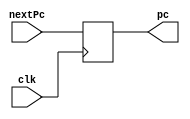
`timescale 1ns / 1ps
//////////////////////////////////////////////////////////////////////////////////
// Company: 
// Engineer: 
// 
// Design Name: 
// Module Name: Lab5
// Project Name: 
// Target Devices: 
// Tool Versions: 
// Description: 
// 
// Dependencies: 
// 
// Revision:
// Revision 0.01 - File Created
// Additional Comments:
// Grant Allen
//////////////////////////////////////////////////////////////////////////////////


module ProgramCounter(nextPc, clk, pc);
    input [31:0] nextPc;
    input clk;
    output reg [31:0] pc;
    
    initial
    begin
        pc = 32'd100;
    end
    
    always @(posedge clk)
    begin
        pc <= nextPc;
    end
    
endmodule
/////////////////////////////////////////////////////////////////////////////////
module InstructionMemory(pc, instOut);
    input [31:0] pc;
    output reg [31:0] instOut;
    reg [31:0] memory [0:31];
    
    initial
    begin
        memory[25] = {6'b100011, 5'b00001,5'b00010,16'b0000000000000000}; 
        memory[26] = {6'b100011, 5'b00001,5'b00011,16'b0000000000000100}; 
        memory[27] = {6'b100011, 5'b00001,5'b00100,16'b0000000000001000};
        memory[28] = {6'b100011, 5'b00001,5'b00101,16'b0000000000001100};
        memory[29] = {6'b000000, 5'b00010, 5'b01010, 5'b00110, 5'b00000, 6'b100000};
    end
    
    always @(*)
    begin
        instOut = memory[pc[7:2]];
    end
endmodule
/////////////////////////////////////////////////////////////////////////////////  
module PcAdder(pc, nextPc);
    input [31:0] pc;
    output reg [31:0] nextPc;
    
    always @(*)
    begin
        nextPc = pc + 32'h4;
    end
endmodule
/////////////////////////////////////////////////////////////////////////////////
module ifidPipelineRegister(instOut, clk, dinstOut);
    input [31:0] instOut;
    input clk;
    output reg [31:0] dinstOut;
    
    
    always @ (posedge clk)
    begin
        dinstOut <= instOut;
    end
endmodule

/////////////////////////////////////////////////////////////////////////////////
module ControlUnit(op, func, wreg, m2reg, wmem, aluc, aluimm, regrt);
    input [5:0] op; // bits 31:26 of dinstOut
    input [5:0] func; // bits 5:0 of dinstOut
    output reg wreg;
    output reg m2reg;
    output reg wmem;
    output reg [3:0] aluc;
    output reg aluimm;
    output reg regrt;
    
    always @(*) 
    begin
        case (op)
            6'b000000:
            begin
                case (func)
                // add
                    6'b100000:
                    begin
                        wreg <= 1'b1;
                        m2reg <= 1'b0;
                        wmem <= 1'b0;
                        aluc <= 4'b0010;
                        aluimm <= 1'b0;
                        regrt <= 1'b0;
                    end                            
                endcase
            end
            // lw
            6'b100011:
            begin
                wreg <= 1'b1;
                m2reg <= 1'b1;
                wmem <= 1'b0;
                aluc <= 4'b0010;
                aluimm <= 1'b1;
                regrt <= 1'b1;
            end          
        endcase
     end    
endmodule
/////////////////////////////////////////////////////////////////////////////////
module RegrtMultiplexer(rt, rd, regrt, destReg);
    input [4:0] rt; // bits 20:16 of dinstOut
    input [4:0] rd; // bits 15:11 of dinstOut
    input regrt;
    output reg [4:0] destReg;
    
    always @(*) 
    begin
        case(regrt)
            1'b0:
                begin
                   destReg = rd; 
                end
            1'b1:
                begin
                    destReg = rt;
                end
        endcase
    end
endmodule
/////////////////////////////////////////////////////////////////////////////////  
module RegisterFile(rs,rt,qa,qb,wdestReg,wbData,wwreg,clk);
    input [4:0] rs;
    input [4:0] rt; 
    input [4:0] wdestReg;
    input [31:0] wbData;
    input wwreg;
    input clk;
    output reg [31:0] qa;
    output reg [31:0] qb;
    
    reg [31:0] registers [0:31];
    
    integer i;
    initial 
    begin
        for (i = 0; i <= 31; i = i + 1) 
        begin
            registers[i] = 0;
        end
    end
    
    always @(*) 
    begin
        qa = registers[rs];
        qb = registers[rt];
    end
    
    always @(negedge clk)
    begin
        if (wwreg == 1)
        begin
            registers[wdestReg] <= wbData;
        end
    end
    
endmodule
/////////////////////////////////////////////////////////////////////////////////
module ImmExtender(imm, imm32);
    input [15:0] imm; // 15:0 from dinstOut
    output reg [31:0] imm32;
    
    always @(*)
    begin
        imm32[31:0] = {{16{imm[15]}},{imm[15:0]}};
    end
endmodule
/////////////////////////////////////////////////////////////////////////////////
module IDEXEPipelineRegister(wreg, m2reg, wmem, aluc, aluimm, destReg, qa, qb, imm32, clk,
    ewreg, em2reg, ewmem, ealuc, ealuimm, edestReg, eqa, eqb, eimm32);
    
    input wreg;
    input m2reg;
    input wmem;
    input [3:0] aluc;
    input aluimm;
    input [4:0] destReg;
    input [31:0] qa;
    input [31:0] qb;
    input [31:0] imm32;
    input clk;
    
    output reg ewreg;
    output reg em2reg;
    output reg ewmem;
    output reg [3:0] ealuc;
    output reg ealuimm;
    output reg [4:0] edestReg;
    output reg [31:0] eqa;
    output reg [31:0] eqb;
    output reg [31:0] eimm32;
    
    always @ (posedge clk)
    begin
        ewreg <= wreg;
        em2reg <= m2reg;
        ewmem <= wmem;
        ealuc <= aluc;
        ealuimm <= aluimm;
        edestReg <= destReg;
        eqa <= qa;
        eqb <= qb;
        eimm32 <= imm32;
    end
endmodule
////////////////////////////////////////////////////////////////////////////////////////////////////
module ALUMux(eqb, eimm32, ealuimm, b);
    input [31:0] eqb;
    input [31:0] eimm32;
    input ealuimm;
    output reg [31:0] b;
    
    always @(*)
    begin
        if (ealuimm == 0)
        begin
            b = eqb;
        end
        else
        begin
            b = eimm32;
        end
    end
endmodule
/////////////////////////////////////////////////////////////////////////////////
module ALU(eqa, b, ealuc, r);
    input [31:0] eqa;
    input [31:0] b;
    input [3:0] ealuc;
    output reg [31:0] r;
    
    always @(*)
    begin
        case(ealuc)
            4'b0010:
            begin
                r = eqa + b;
            end
        endcase
    end
endmodule
/////////////////////////////////////////////////////////////////////////////////
module EXEMEMPipelineRegister(ewreg, em2reg, ewmem, edestReg, r, eqb, 
        clk, mwreg, mm2reg, mwmem, mdestReg, mr, mqb);
        input ewreg;
        input em2reg;
        input ewmem;
        input [4:0] edestReg;
        input [31:0] r;
        input [31:0] eqb;
        input clk;
        output reg mwreg;
        output reg mm2reg;
        output reg mwmem;
        output reg [4:0] mdestReg;
        output reg [31:0] mr;
        output reg [31:0] mqb;
        
        
        always @(posedge clk)
        begin
            mwreg <= ewreg;
            mm2reg <= em2reg;
            mwmem <= ewmem;
            mdestReg <= edestReg;
            mr <= r;
            mqb <= eqb;
        end    
endmodule
/////////////////////////////////////////////////////////////////////////////////
module DataMemory(mr, mqb, mwmem, clk, mdo);
    input [31:0] mr;
    input [31:0] mqb;
    input mwmem;
    input clk;
    output reg [31:0] mdo;
    
    reg [31:0] dataMemory [0:31];
    
    initial
    begin
        dataMemory[0] = 32'h00000000;
        dataMemory[1] = 32'hA00000AA;
        dataMemory[2] = 32'h10000011;
        dataMemory[3] = 32'h20000022;
        dataMemory[4] = 32'h30000033;
        dataMemory[5] = 32'h40000044;
        dataMemory[6] = 32'h50000055;
        dataMemory[7] = 32'h60000066;
        dataMemory[8] = 32'h70000077;
        dataMemory[9] = 32'h80000088;
        dataMemory[10] = 32'h90000099;
    end
    
    always @(*)
    begin
        mdo = dataMemory[mr>>2];
    end
    
    always @ (negedge clk)
    begin
        if (mwmem == 1)
        begin
            dataMemory[mr>>2] <= mqb;
        end
    end
endmodule
/////////////////////////////////////////////////////////////////////////////////
module MEMWBPipelineRegister(mwreg, mm2reg, mdestReg, mr, mdo, clk,
    wwreg, wm2reg, wdestReg, wr, wdo);
    
    input mwreg;
    input mm2reg;
    input [4:0] mdestReg;
    input [31:0] mr;
    input [31:0] mdo;
    input clk;
    output reg wwreg;
    output reg wm2reg;
    output reg [4:0] wdestReg;
    output reg [31:0] wr;
    output reg [31:0] wdo;
    
    always @ (posedge clk)
    begin
        wwreg <= mwreg;
        wm2reg <= mm2reg;
        wdestReg <= mdestReg;
        wr <= mr;
        wdo <= mdo;
    end
endmodule
/////////////////////////////////////////////////////////////////////////////////
module WBMux(wr, wdo, wmem2reg, wbData);

    input [31:0] wr;
    input [31:0] wdo;
    input wmem2reg;
    output reg [31:0] wbData;
    
    always @(*)
    begin
        if (wmem2reg == 0)
        begin
            wbData <= wr;
        end
        else
        begin
            wbData <= wdo;
        end
    end

endmodule
/////////////////////////////////////////////////////////////////////////////////
module DataPath(clk, pc, dinstOut, ewreg, em2reg, ewmem, ealuc, ealuimm, edestReg, eqa, eqb, eimm32,
                mwreg, mm2reg, mwmem, mdestReg, mr, mqb, mdo, wwreg, wm2reg, wdestReg, wr, wdo);
    input clk;
    
    // outputs for IDEXE pipeline
    output wire [31:0] pc;
    output wire [31:0] dinstOut;
    output wire ewreg;
    output wire em2reg;
    output wire ewmem;
    output wire [3:0] ealuc;
    output wire ealuimm;
    output wire [4:0] edestReg;
    output wire [31:0] eqa;
    output wire [31:0] eqb;
    output wire [31:0] eimm32;
    
    // b and r
    wire [31:0] b;
    wire [31:0] r;
    
    // outputs for EXEMEM pipeline
    output wire mwreg;
    output wire mm2reg;
    output wire mwmem;
    output wire[4:0] mdestReg;
    output wire[31:0] mr;
    output wire[31:0] mqb;
    
    // outputs for MEMWB pipeline
    output wire[31:0] mdo;
    output wire wwreg;
    output wire wm2reg;
    output wire[4:0] wdestReg;
    output wire[31:0] wr;
    output wire[31:0] wdo;
    
    // other wires
    wire[31:0] nextPc;
    wire[31:0] instOut;
    wire wreg;
    wire m2reg;
    wire wmem;
    wire[3:0] aluc;
    wire aluimm;
    wire regrt;
    wire[4:0] destReg;
    wire[31:0] qa;
    wire[31:0] qb;
    wire[31:0] imm32;
    wire[31:0] wbData;
    
    ProgramCounter programCounter(nextPc, clk, pc);
    InstructionMemory instructionMemory(pc, instOut);
    PcAdder pcAdder(pc, nextPc);
    ifidPipelineRegister ifid(instOut, clk, dinstOut);
    ControlUnit controlUnit(dinstOut[31:26], dinstOut[5:0], wreg, m2reg, wmem, aluc, aluimm, regrt);
    RegrtMultiplexer regRTMux(dinstOut[20:16], dinstOut[15:11], regrt, destReg);
    RegisterFile registerFile(dinstOut[25:21],dinstOut[20:16],qa,qb,wdestReg,wbData,wwreg,clk);
    ImmExtender immExtender(dinstOut[15:0], imm32);
    IDEXEPipelineRegister IDEXE(wreg, m2reg, wmem, aluc, aluimm, destReg, qa, qb, imm32, clk,
        ewreg, em2reg, ewmem, ealuc, ealuimm, edestReg, eqa, eqb, eimm32);   
    ALUMux alumux(eqb, eimm32, ealuimm, b);
    ALU alu(eqa, b, ealuc, r);
    EXEMEMPipelineRegister exemem(ewreg, em2reg, ewmem, edestReg, r, eqb, 
        clk, mwreg, mm2reg, mwmem, mdestReg, mr, mqb);
    DataMemory dataMemory(mr, mqb, mwmem, clk, mdo);
    MEMWBPipelineRegister memwb(mwreg, mm2reg, mdestReg, mr, mdo, clk,
        wwreg, wm2reg, wdestReg, wr, wdo);
    WBMux wbmux(wr, wdo, wmem2reg, wbData);
    
endmodule